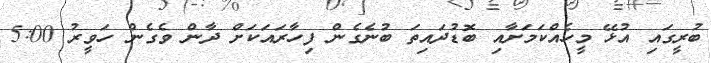
ބުރީގައި އުޅޭ މީހެއްކަމަށާއި ބޮޑުދައިތަ ބުނެގެން ފިހާރައަކަށް ދާން ވެގެން ހަވީރު 5:00